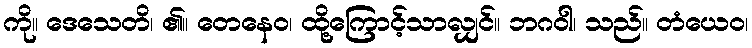
ကို။ ဒေသေတိ၊ ၏။ တေနေဝ၊ ထို့ကြောင့်သာလျှင်။ ဘဂဝါ၊ သည်။ တံယေဝ၊